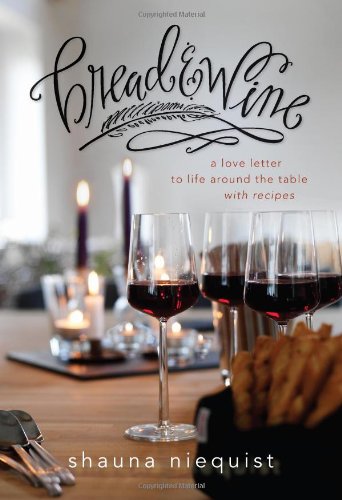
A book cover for Bread and   Wine: A Love Letter to Life Around the Table with Recipes; Shauna Niequist; Cookbooks, Food & Wine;